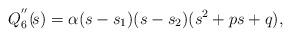
LaTeX: \begin{align*}Q_6^{''}(\!s)=\alpha(s - s_1)(s - s_2)(s^2+p s+q),\end{align*}